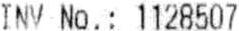
INV NO. : 1128507